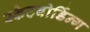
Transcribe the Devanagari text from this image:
स्केटबोर्डिन्ग